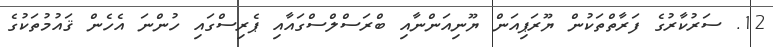
12. ސަރުކާރުގެ ފަރާތްތަކުން ޔޫރަޕިއަން ޔޫނިއަންނާއި ބްރަސްލްސްގައާއި ޕެރިސްގައި ހުންނަ އެހެން ޤައުމުތަކުގެ